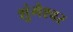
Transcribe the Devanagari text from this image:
शुंगेश्वर